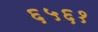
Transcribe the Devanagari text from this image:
६५६१